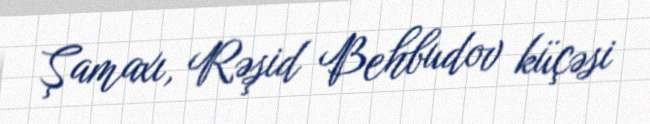
Şamaxı, Rəşid Behbudov küçəsi